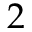
2